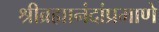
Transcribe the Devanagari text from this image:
श्रीब्रह्मानंदांप्रमाणे